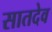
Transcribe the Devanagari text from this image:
सातदेव